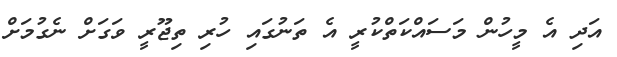
އަދި އެ މީހުން މަސައްކަތްކުރީ އެ ތަނުގައި ހުރި ތިޖޫރީ ވަގަށް ނެގުމަށް